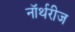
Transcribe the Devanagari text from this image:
नॉर्थरीज